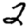
Digit: 2